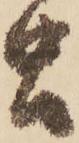
虫